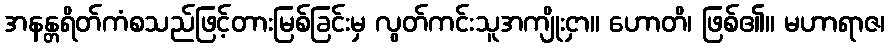
အနန္တရိတ်ကံစသည်ဖြင့်တားမြစ်ခြင်းမှ လွတ်ကင်းသူအကျိုးငှာ။ ဟောတိ၊ ဖြစ်၏။ မဟာရာဇ၊